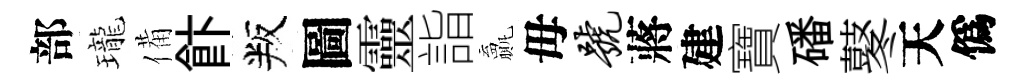
部瓏備飰叛圖靈詣贏毋号蔣建寶磻鼕天僞